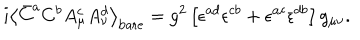
i \left< \bar { C } ^ { a } C ^ { b } A _ { \mu } ^ { c } A _ { \nu } ^ { d } \right> _ { \mathrm { b a r e } } = g ^ { 2 } \left[ \epsilon ^ { a d } \epsilon ^ { c b } + \epsilon ^ { a c } \epsilon ^ { d b } \right] g _ { \mu \nu } .